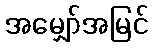
အမျှော်အမြင်